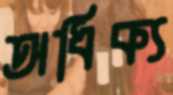
অধিক্য